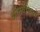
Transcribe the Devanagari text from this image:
अनिवेकियों